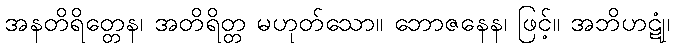
အနတိရိတ္တေန၊ အတိရိတ္တ မဟုတ်သော။ ဘောဇနေန၊ ဖြင့်။ အဘိဟဋုံ၊